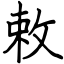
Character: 敕